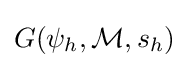
G(\psi _{h},{\mathcal {M}},s_{h})